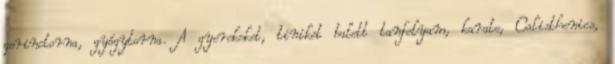
gerinctorna, gyógytorna. A gyerekeket, tiniket balett tanfolyam, karate, Calisthenics,